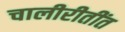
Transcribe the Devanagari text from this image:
चालीरीतींत